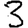
Digit: 3